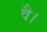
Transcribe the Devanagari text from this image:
वै।